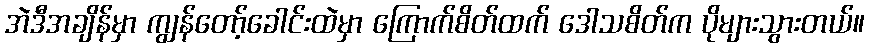
အဲဒီအချိန်မှာ ကျွန်တော့်ခေါင်းထဲမှာ ကြောက်စိတ်ထက် ဒေါသစိတ်က ပိုများသွားတယ်။